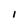
Character: I